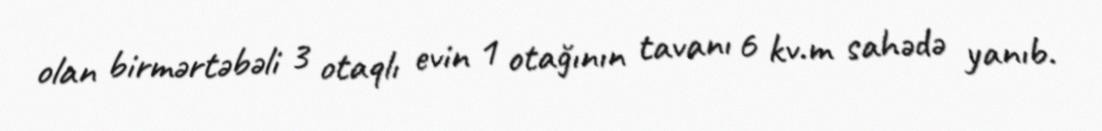
olan birmərtəbəli 3 otaqlı evin 1 otağının tavanı 6 kv.m sahədə yanıb.